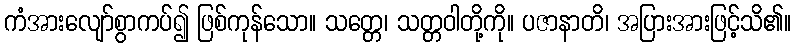
ကံအားလျော်စွာကပ်၍ ဖြစ်ကုန်သော။ သတ္တေ၊ သတ္တဝါတို့ကို။ ပဇာနာတိ၊ အပြားအားဖြင့်သိ၏။